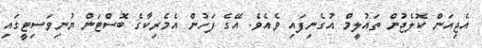
އެޖިއަން ކޮލެޖުން ތައުލީމް އުގެނިފައި ވެއެވެ. އޭގެ ފަހުން އެމެރިކާގެ ބޮސްޓަން ޔުނިވަސިޓީގައި